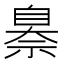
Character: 𦤗